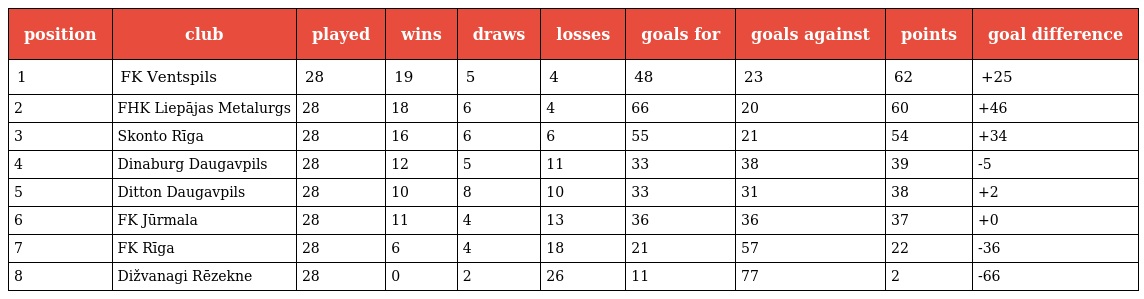
| position | club | played | wins | draws | losses | goals for | goals against | points | goal difference |
 | --- | --- | --- | --- | --- | --- | --- | --- | --- | --- |
 | 1 | FK Ventspils | 28 | 19 | 5 | 4 | 48 | 23 | 62 | +25 |
 | 2 | FHK Liepājas Metalurgs | 28 | 18 | 6 | 4 | 66 | 20 | 60 | +46 |
 | 3 | Skonto Rīga | 28 | 16 | 6 | 6 | 55 | 21 | 54 | +34 |
 | 4 | Dinaburg Daugavpils | 28 | 12 | 5 | 11 | 33 | 38 | 39 | -5 |
 | 5 | Ditton Daugavpils | 28 | 10 | 8 | 10 | 33 | 31 | 38 | +2 |
 | 6 | FK Jūrmala | 28 | 11 | 4 | 13 | 36 | 36 | 37 | +0 |
 | 7 | FK Rīga | 28 | 6 | 4 | 18 | 21 | 57 | 22 | -36 |
 | 8 | Dižvanagi Rēzekne | 28 | 0 | 2 | 26 | 11 | 77 | 2 | -66 |